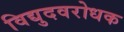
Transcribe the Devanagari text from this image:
विद्युदवरोधक